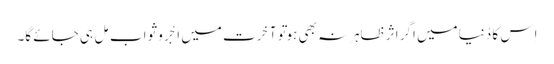
اِس کا دُنیا میں اگر اثر ظاہِر نہ بھی ہو تَو آخِرت میں اَجْر و ثواب مِل ہی جائے گا۔